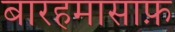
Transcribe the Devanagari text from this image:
बारहमासाफ़